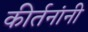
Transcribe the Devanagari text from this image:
कीर्तनांनी